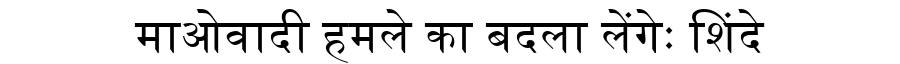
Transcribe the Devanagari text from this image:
माओवादी हमले का बदला लेंगेः शिंदे